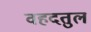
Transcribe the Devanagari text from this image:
वहदतुल